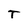
Character: T